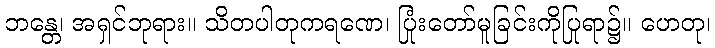
ဘန္တေ၊ အရှင်ဘုရား။ သိတပါတုကရဏေ၊ ပြုံးတော်မူခြင်းကိုပြုရာ၌။ ဟေတု၊